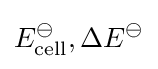
E_{\mathrm {cell} }^{\ominus },\Delta E^{\ominus }